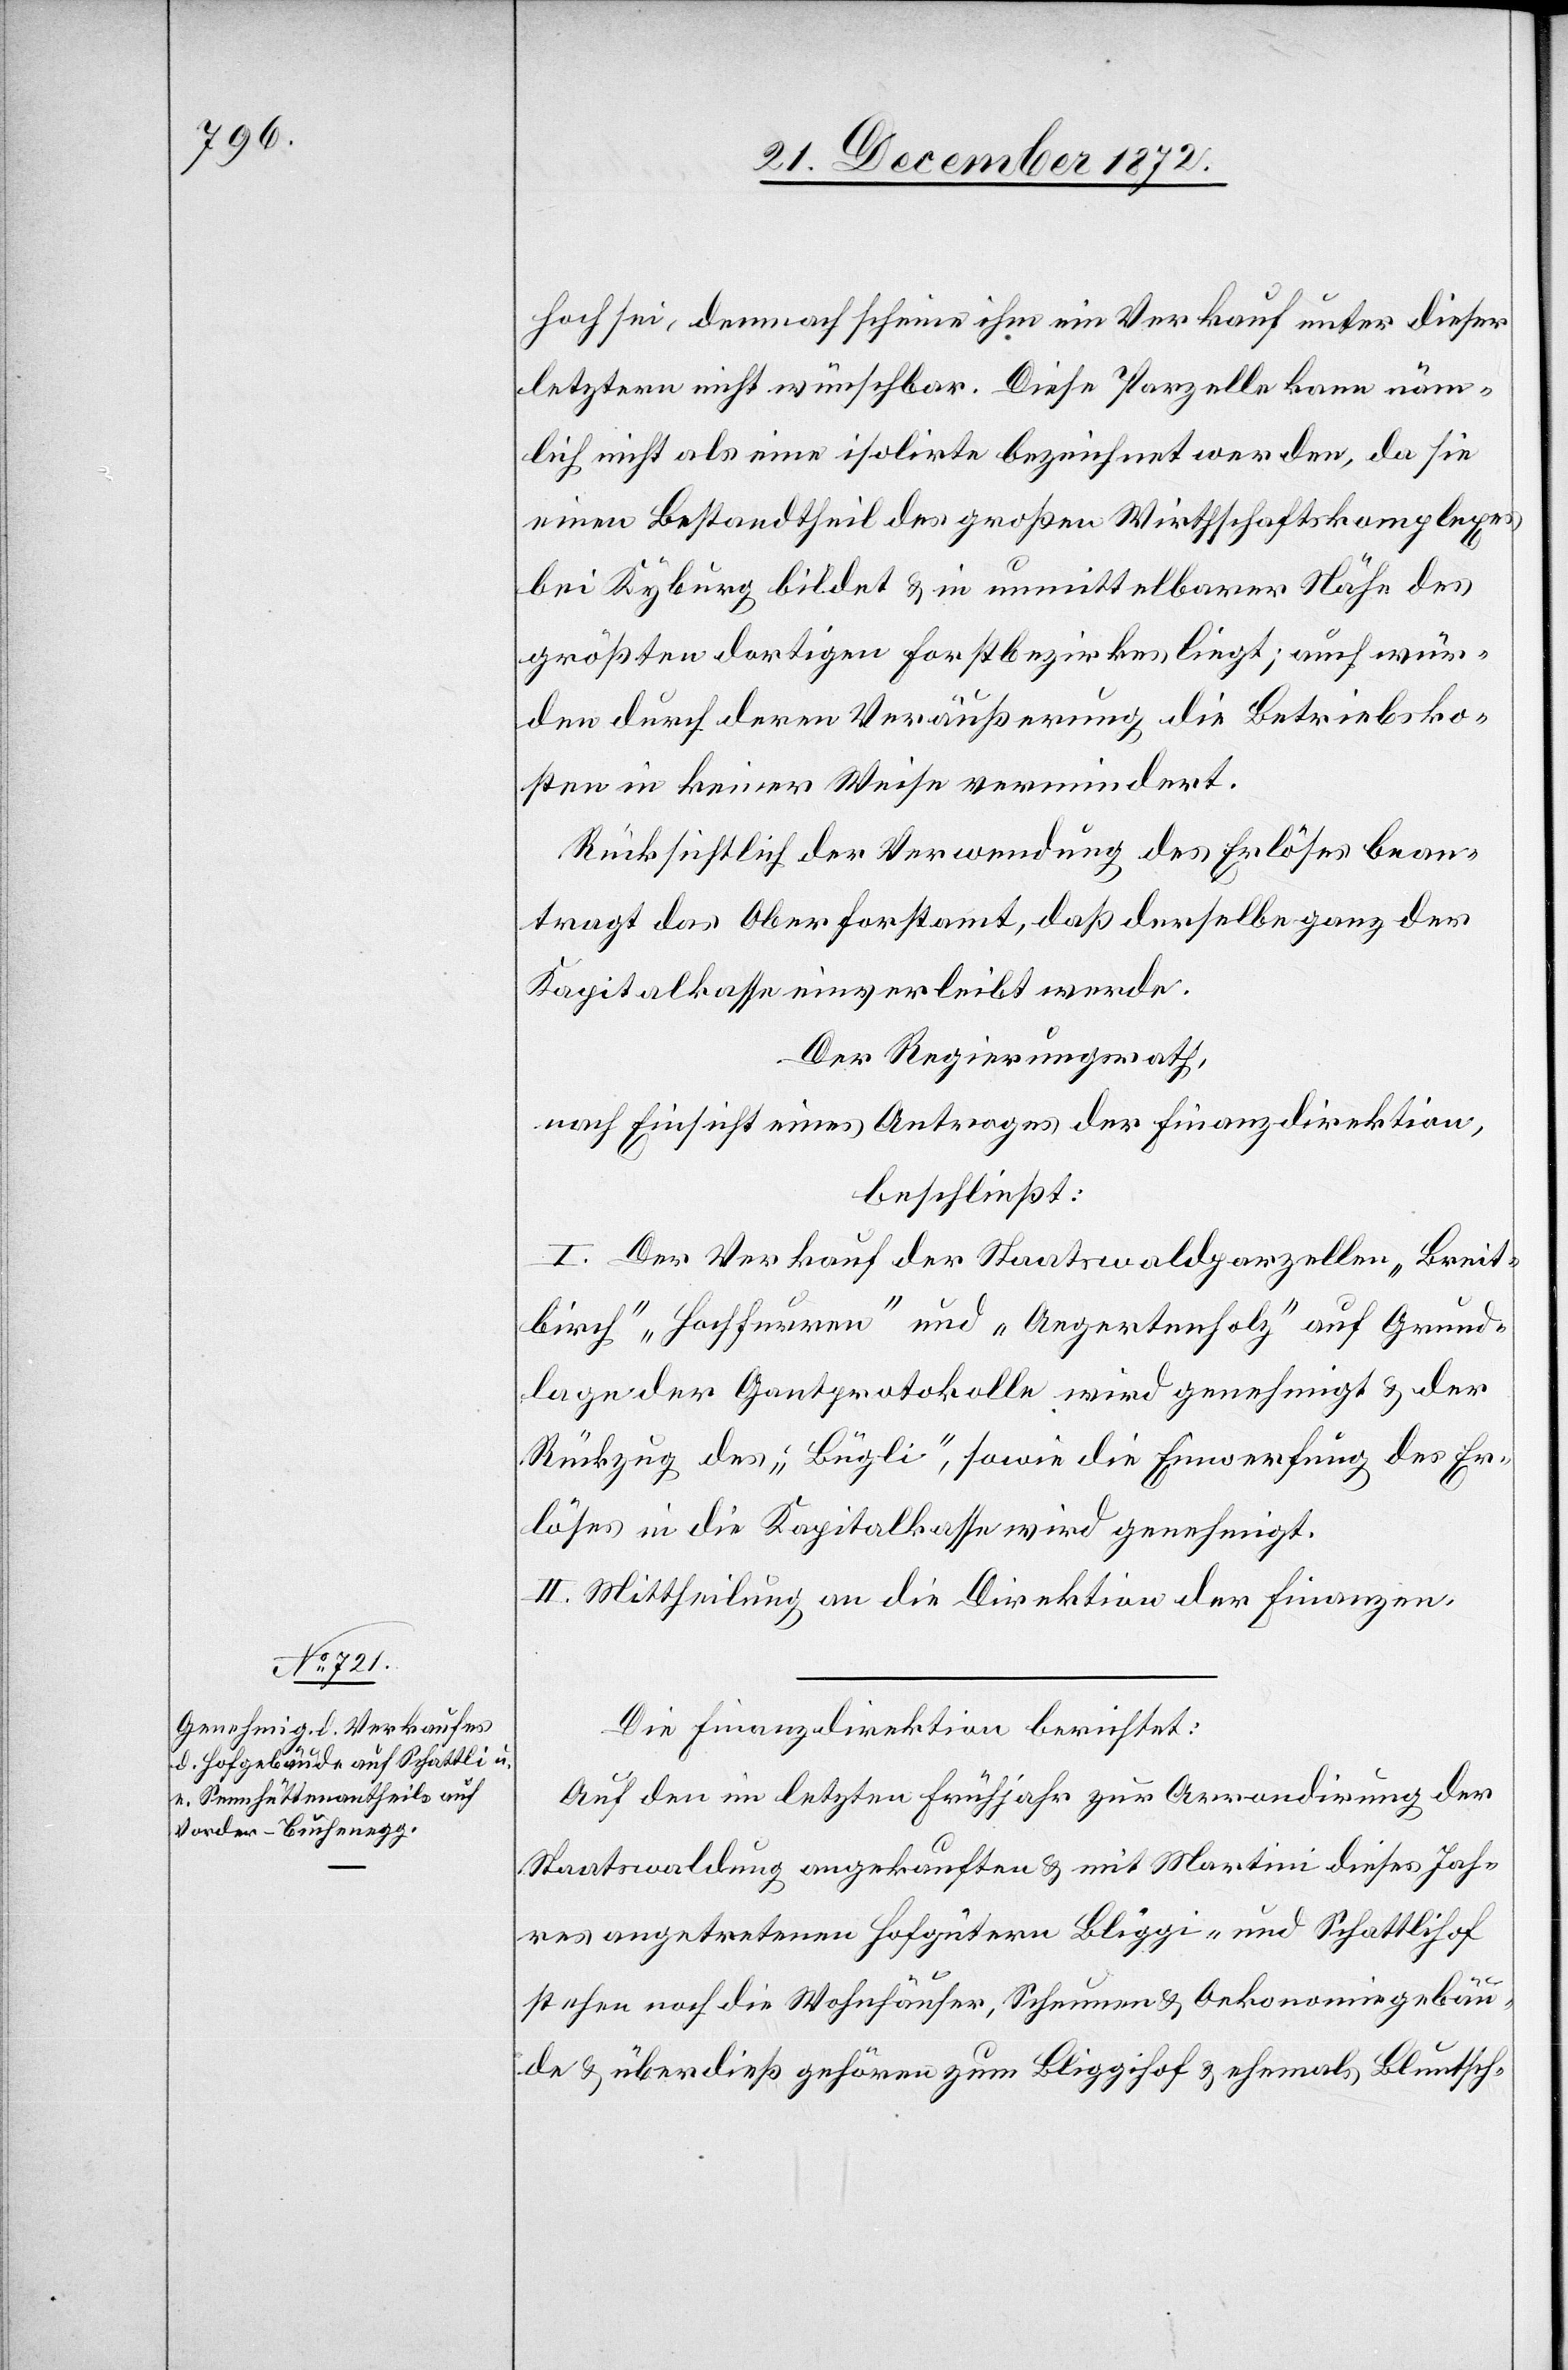
21. December 1872.]
hoch sei, demnach scheine ihm ein Verkauf unter dieser
letztern nicht wünschbar. Diese Parzelle kann näm¬
lich nicht als eine isolirte bezeichnet werden, da sie
einen Bestandtheil des großen Wirthschaftskomplexes
bei Kyburg bildet u. in unmittelbarer Nähe des
größten dortigen Forstbezirkes liegt; auch wür¬
den durch deren Veräußerung die Betriebsko¬
sten in keiner Weise vermindert.
Rücksichtlich der Verwendung des Erlöses bean¬
tragt das Oberforstamt, daß derselbe ganz der
Kapitalkasse einverleibt werde.
Der Regierungsrath,
nach Einsicht eines Antrages der Finanzdirektion,
beschließt:
I. Der Verkauf der Staatswaldparzellen „Breit¬
birch“ „Hochfurren“ und „Aegertenholz“ auf Grund¬
lage der Gantprotokolle wird genehmigt u. der
Rückzug des „Bügli“, sowie die Einwerfung des Er¬
löses in die Kapitalkasse wird genehmigt.
II. Mittheilung an die Direktion der Finanzen.
Die Finanzdirektion berichtet:
Auf den im letzten Frühjahr zur Arrondirung der
Staatswaldung angekauften u. mit Martini dieses Jah¬
res angetretenen Hofgütern Bliggi- und Schattlihof
stehen noch die Wohnhäuser, Scheunen u. Oekonomiegebäu¬
de u. überdieß gehören zum Bliggihof u. ehemals Bluntsch-